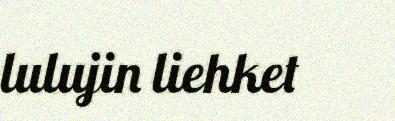
lulujin liehket